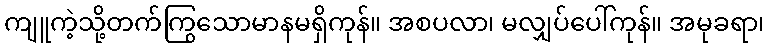
ကျူကဲ့သို့တက်ကြွသောမာနမရှိကုန်။ အစပလာ၊ မလျှပ်ပေါ်ကုန်။ အမုခရာ၊